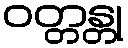
ဝတ္တန္တု